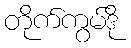
တိုက်ကွမ်ဒို